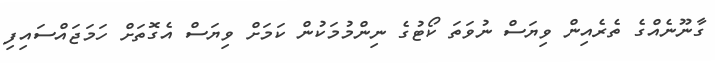
ގާނޫނެއްގެ ތެރެއިން ވިޔަސް ނުވަތަ ކޯޓުގެ ނިންމުމަކުން ކަމަށް ވިޔަސް އެގޮތަށް ހަމަޖައްސައިފި